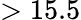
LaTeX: >15.5